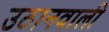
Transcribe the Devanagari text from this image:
उठानवाली